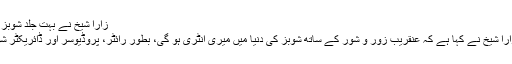
زارا شیخ نے بہت جلد شوبز کی دنیا میں واپسی کا اعلان کردیا
لاہور جدت ویب ڈیسک : اداکارہ زارا شیخ نے کہا ہے کہ عنقریب زور و شور کے ساتھ شوبز کی دنیا میں میری انٹری ہو گی، بطور رائٹر، پروڈیوسر اور ڈائریکٹر شوبز انڈسٹری میں واپس آ رہی ہوں۔